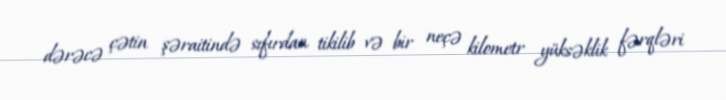
dərəcə çətin şəraitində sıfırdan tikilib və bir neçə kilometr yüksəklik fərqləri